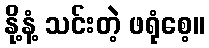
နို့နံ့ သင်းတဲ့ ဖရုံစေ့။